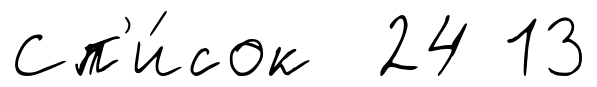
Сп'и́сок 24 13